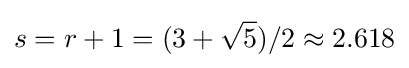
s=r+1=(3+{\sqrt {5}})/2\approx 2.618